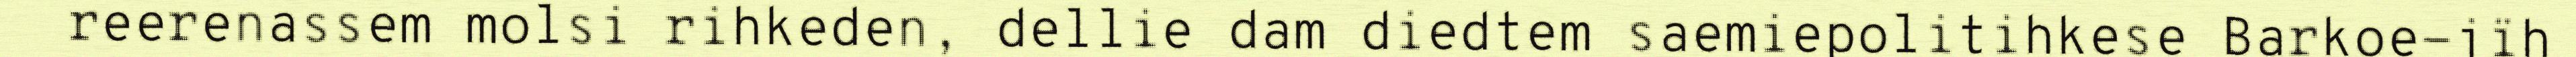
reerenassem molsi rihkeden, dellie dam diedtem saemiepolitihkese Barkoe-jïh